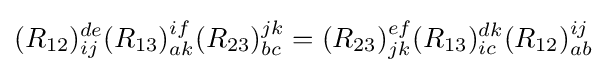
(R_{12})_{ij}^{de}(R_{13})_{ak}^{if}(R_{23})_{bc}^{jk}=(R_{23})_{jk}^{ef}(R_{13})_{ic}^{dk}(R_{12})_{ab}^{ij}